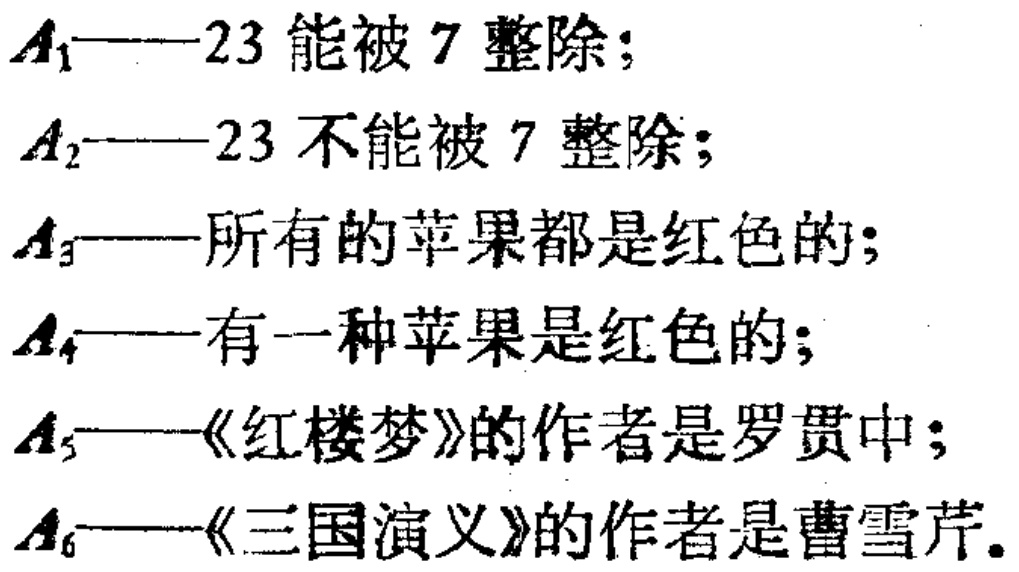
$A_1$——23 能被 7 整除；

$A_2$——23 不能被 7 整除；

$A_3$——所有的苹果都是红色的；

$A_4$——有一种苹果是红色的；

$A_5$——《红楼梦》的作者是罗贯中；

$A_6$——《三国演义》的作者是曹雪芹。